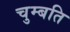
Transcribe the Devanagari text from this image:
चुम्बति